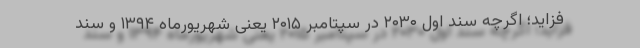
فزاید؛ اگرچه سند اول ۲۰۳۰ در سپتامبر ۲۰۱۵ یعنی شهریورماه ۱۳۹۴ و سند